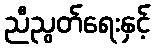
ညီညွတ်ရေးနှင့်